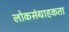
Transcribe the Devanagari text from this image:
लोकसंग्राहकता